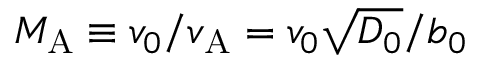
{ M _ { \mathrm { A } } } \equiv v _ { 0 } / v _ { \mathrm { A } } = v _ { 0 } \sqrt { D _ { 0 } } / { b _ { 0 } }